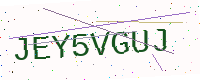
Text: JEY5VGUJ